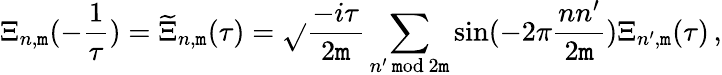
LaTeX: \Xi_{n,\mathtt{m}}(-\frac{{1}}{{\tau}})=\widetilde{{\Xi}}_{n,\mathtt{m}}(\tau)=\sqrt{}{{\frac{{-i\tau}}{{2\mathtt{m}}}}}\sum_{n^{\prime}\, \mathrm{{\mathtt{m}od}}\, 2\mathtt{m}}\sin(-2\pi\frac{{nn^{\prime}}}{{2\mathtt{m}}})\Xi_{n^{\prime},\mathtt{m}}(\tau)\, ,